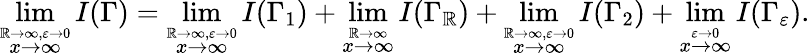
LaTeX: \operatorname*{lim}_{\stackrel{\mathbb{R}\to\infty,\varepsilon\to0}{x\to\infty}}I(\Gamma)=\operatorname*{lim}_{\stackrel{\mathbb{R}\to\infty,\varepsilon\to0}{x\to\infty}}I(\Gamma_{1})+\operatorname*{lim}_{\stackrel{\mathbb{R}\to\infty}{x\to\infty}}I(\Gamma_{\mathbb{R}})+\operatorname*{lim}_{\stackrel{\mathbb{R}\to\infty,\varepsilon\to0}{x\to\infty}}I(\Gamma_{2})+\operatorname*{lim}_{\stackrel{\varepsilon\to0}{x\to\infty}}I(\Gamma_{\varepsilon}).